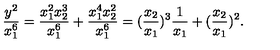
\frac { y ^ { 2 } } { x _ { 1 } ^ { 6 } } = \frac { x _ { 1 } ^ { 2 } x _ { 2 } ^ { 3 } } { x _ { 1 } ^ { 6 } } + \frac { x _ { 1 } ^ { 4 } x _ { 2 } ^ { 2 } } { x _ { 1 } ^ { 6 } } = ( \frac { x _ { 2 } } { x _ { 1 } } ) ^ { 3 } \frac { 1 } { x _ { 1 } } + ( \frac { x _ { 2 } } { x _ { 1 } } ) ^ { 2 } .